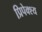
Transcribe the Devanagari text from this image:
प्रिपेक्श्य